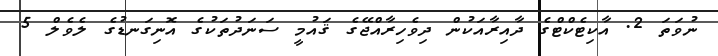
ނުވަތަ 2. އާކިޓެކްޓްގެ ދާއިރާއަކުން ދިވެހިރާއްޖޭގެ ޤައުމީ ސަނަދުތަކުގެ އޮނިގަނޑުގެ ލެވެލް 5